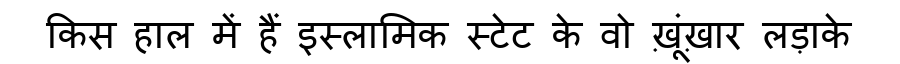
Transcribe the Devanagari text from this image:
किस हाल में हैं इस्लामिक स्टेट के वो ख़ूंख़ार लड़ाके